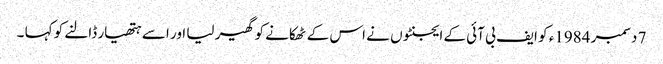
7 دسمبر 1984ء کو ایف بی آئی کے ایجنٹوں نے اس کے ٹھکانے کو گھیر لیا اور اسے ہتھیار ڈالنے کو کہا ۔